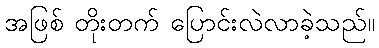
အဖြစ် တိုးတက် ပြောင်းလဲလာခဲ့သည်။